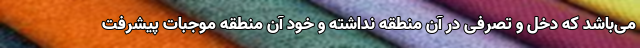
می‌باشد که دخل و تصرفی در آن منطقه نداشته و خود آن منطقه موجبات پیشرفت